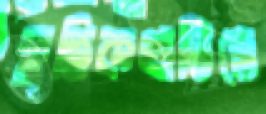
স্মৃতিকথাটিতে